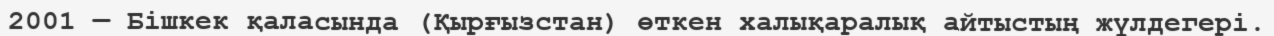
2001 — Бішкек қаласында (Қырғызстан) өткен халықаралық айтыстың жүлдегері.